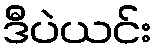
ဒီပဲယင်း